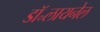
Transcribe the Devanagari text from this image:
डॉ॰लायनेल